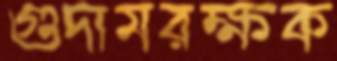
গুদামরক্ষক